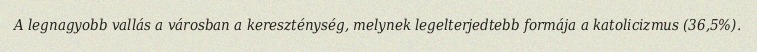
A legnagyobb vallás a városban a kereszténység, melynek legelterjedtebb formája a katolicizmus (36,5%).